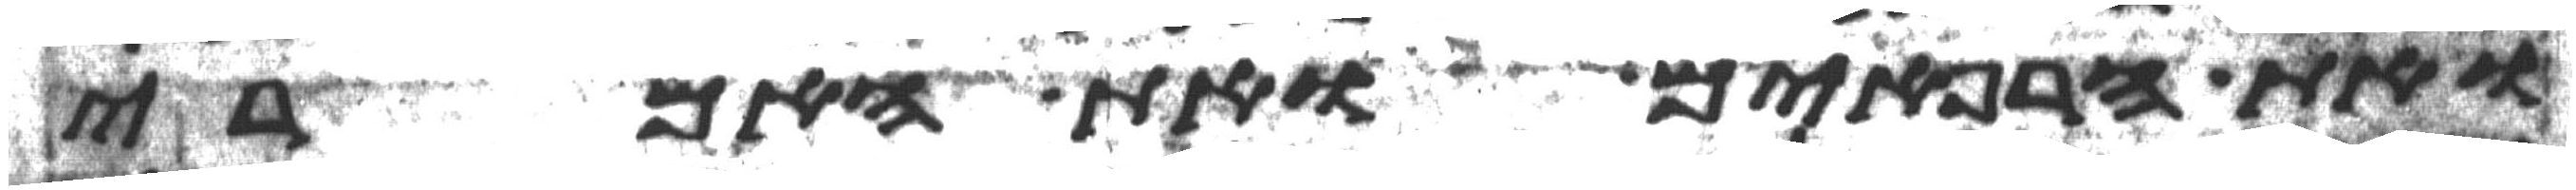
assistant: ואת הרפאים ואת האמרי